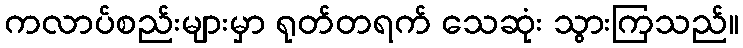
ကလာပ်စည်းများမှာ ရုတ်တရက် သေဆုံး သွားကြသည်။